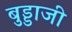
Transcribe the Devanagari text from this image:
बुड्डाजी